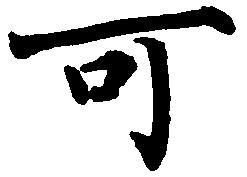
可